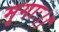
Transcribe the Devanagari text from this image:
मृगाः।।